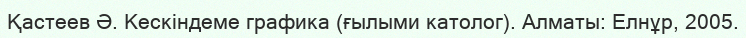
Қастеев Ә. Кескіндеме графика (ғылыми католог). Алматы: Елнұр, 2005.